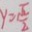
y = \frac { \pi } { 2 }